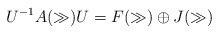
\begin{align*}U^{-1}A(\gg)U= F(\gg)\oplus J(\gg)\end{align*}